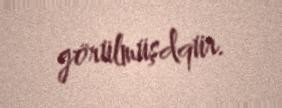
görülmüşdqür.